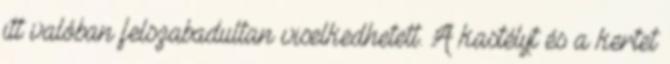
itt valóban felszabadultan viselkedhetett. A kastélyt és a kertet